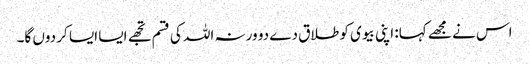
اس نے مجھے کہا: اپنی بیوی کو طلاق دے دو ورنہ اللہ کی قسم تجھے ایسا ایسا کر دوں گا۔